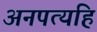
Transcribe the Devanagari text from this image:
अनपत्यहि